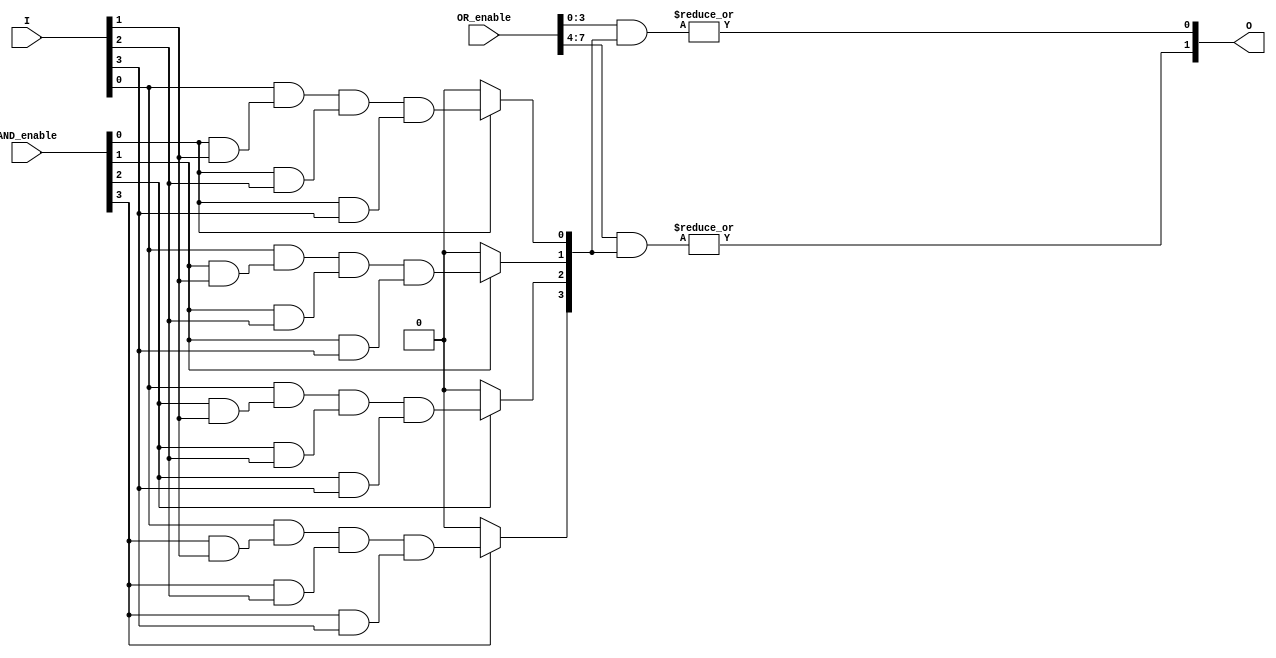
module PLA #(
    parameter N = 4, // Number of input lines
    parameter P = 4, // Number of product terms (AND gates)
    parameter M = 2  // Number of output lines
)(
    input wire [N-1:0] I, // Input lines
    input wire [P-1:0] AND_enable, // Control signals for AND gates
    input wire [M*P-1:0] OR_enable, // Control signals for OR gates
    output wire [M-1:0] O // Output lines
);

// Intermediate signals for AND gates
wire [P-1:0] AND_out;

// AND Plane: Implementing programmable AND gates
genvar i, j;
generate
    for (i = 0; i < P; i = i + 1) begin : AND_gates
        assign AND_out[i] = (AND_enable[i]) ? 
            (I[0] & (AND_enable[i] & I[1]) & (AND_enable[i] & I[2]) & (AND_enable[i] & I[3])) : 1'b0;
    end
endgenerate

// OR Plane: Implementing programmable OR gates
genvar k;
generate
    for (k = 0; k < M; k = k + 1) begin : OR_gates
        assign O[k] = |(OR_enable[k*P +: P] & AND_out); // Combine outputs of AND gates
    end
endgenerate

endmodule